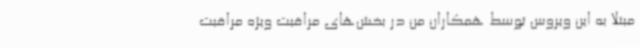
مبتلا به این ویروس توسط همکاران من در بخش‌های مراقبت ویژه مراقبت